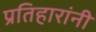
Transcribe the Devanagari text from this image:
प्रतिहारांनी